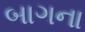
બાગના